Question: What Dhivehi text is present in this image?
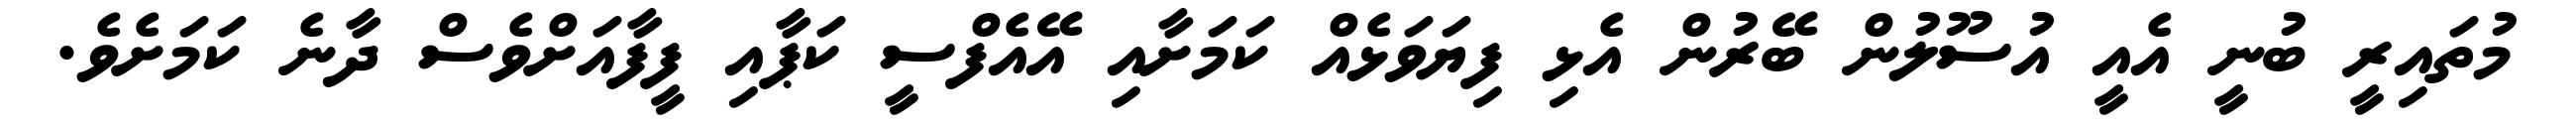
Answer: މުތައިރީ ބުނީ އެއީ އުސޫލުން ބޭރުން އެޅި ފިޔަވަޅެއް ކަމަށާއި އޭއެފްސީ ކަޕާއި ފީފާއަށްވެސް ދާނެ ކަމަށެވެ.